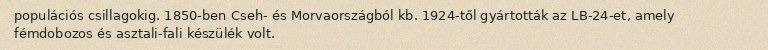
populációs csillagokig. 1850-ben Cseh- és Morvaországból kb. 1924-től gyártották az LB-24-et, amely fémdobozos és asztali-fali készülék volt.